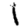
Digit: 1